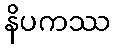
နိပကဿ